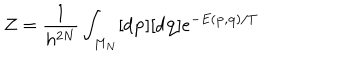
{ \mathcal { Z } } = \frac { 1 } { h ^ { 2 N } } \int _ { M _ { N } } [ d { \bf { p } } ] [ d { \bf { q } } ] e ^ { - E ( { \bf { p } } , { \bf { q } } ) / T }